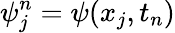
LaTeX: \psi_{j}^{n}=\psi(x_{j},t_{n})